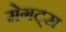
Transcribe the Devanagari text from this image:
मेगट्स